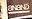
anand